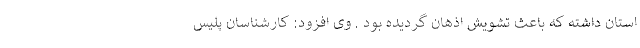
استان داشته که باعث تشویش اذهان گردیده بود . وی افزود: کارشناسان پلیس